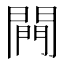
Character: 闁